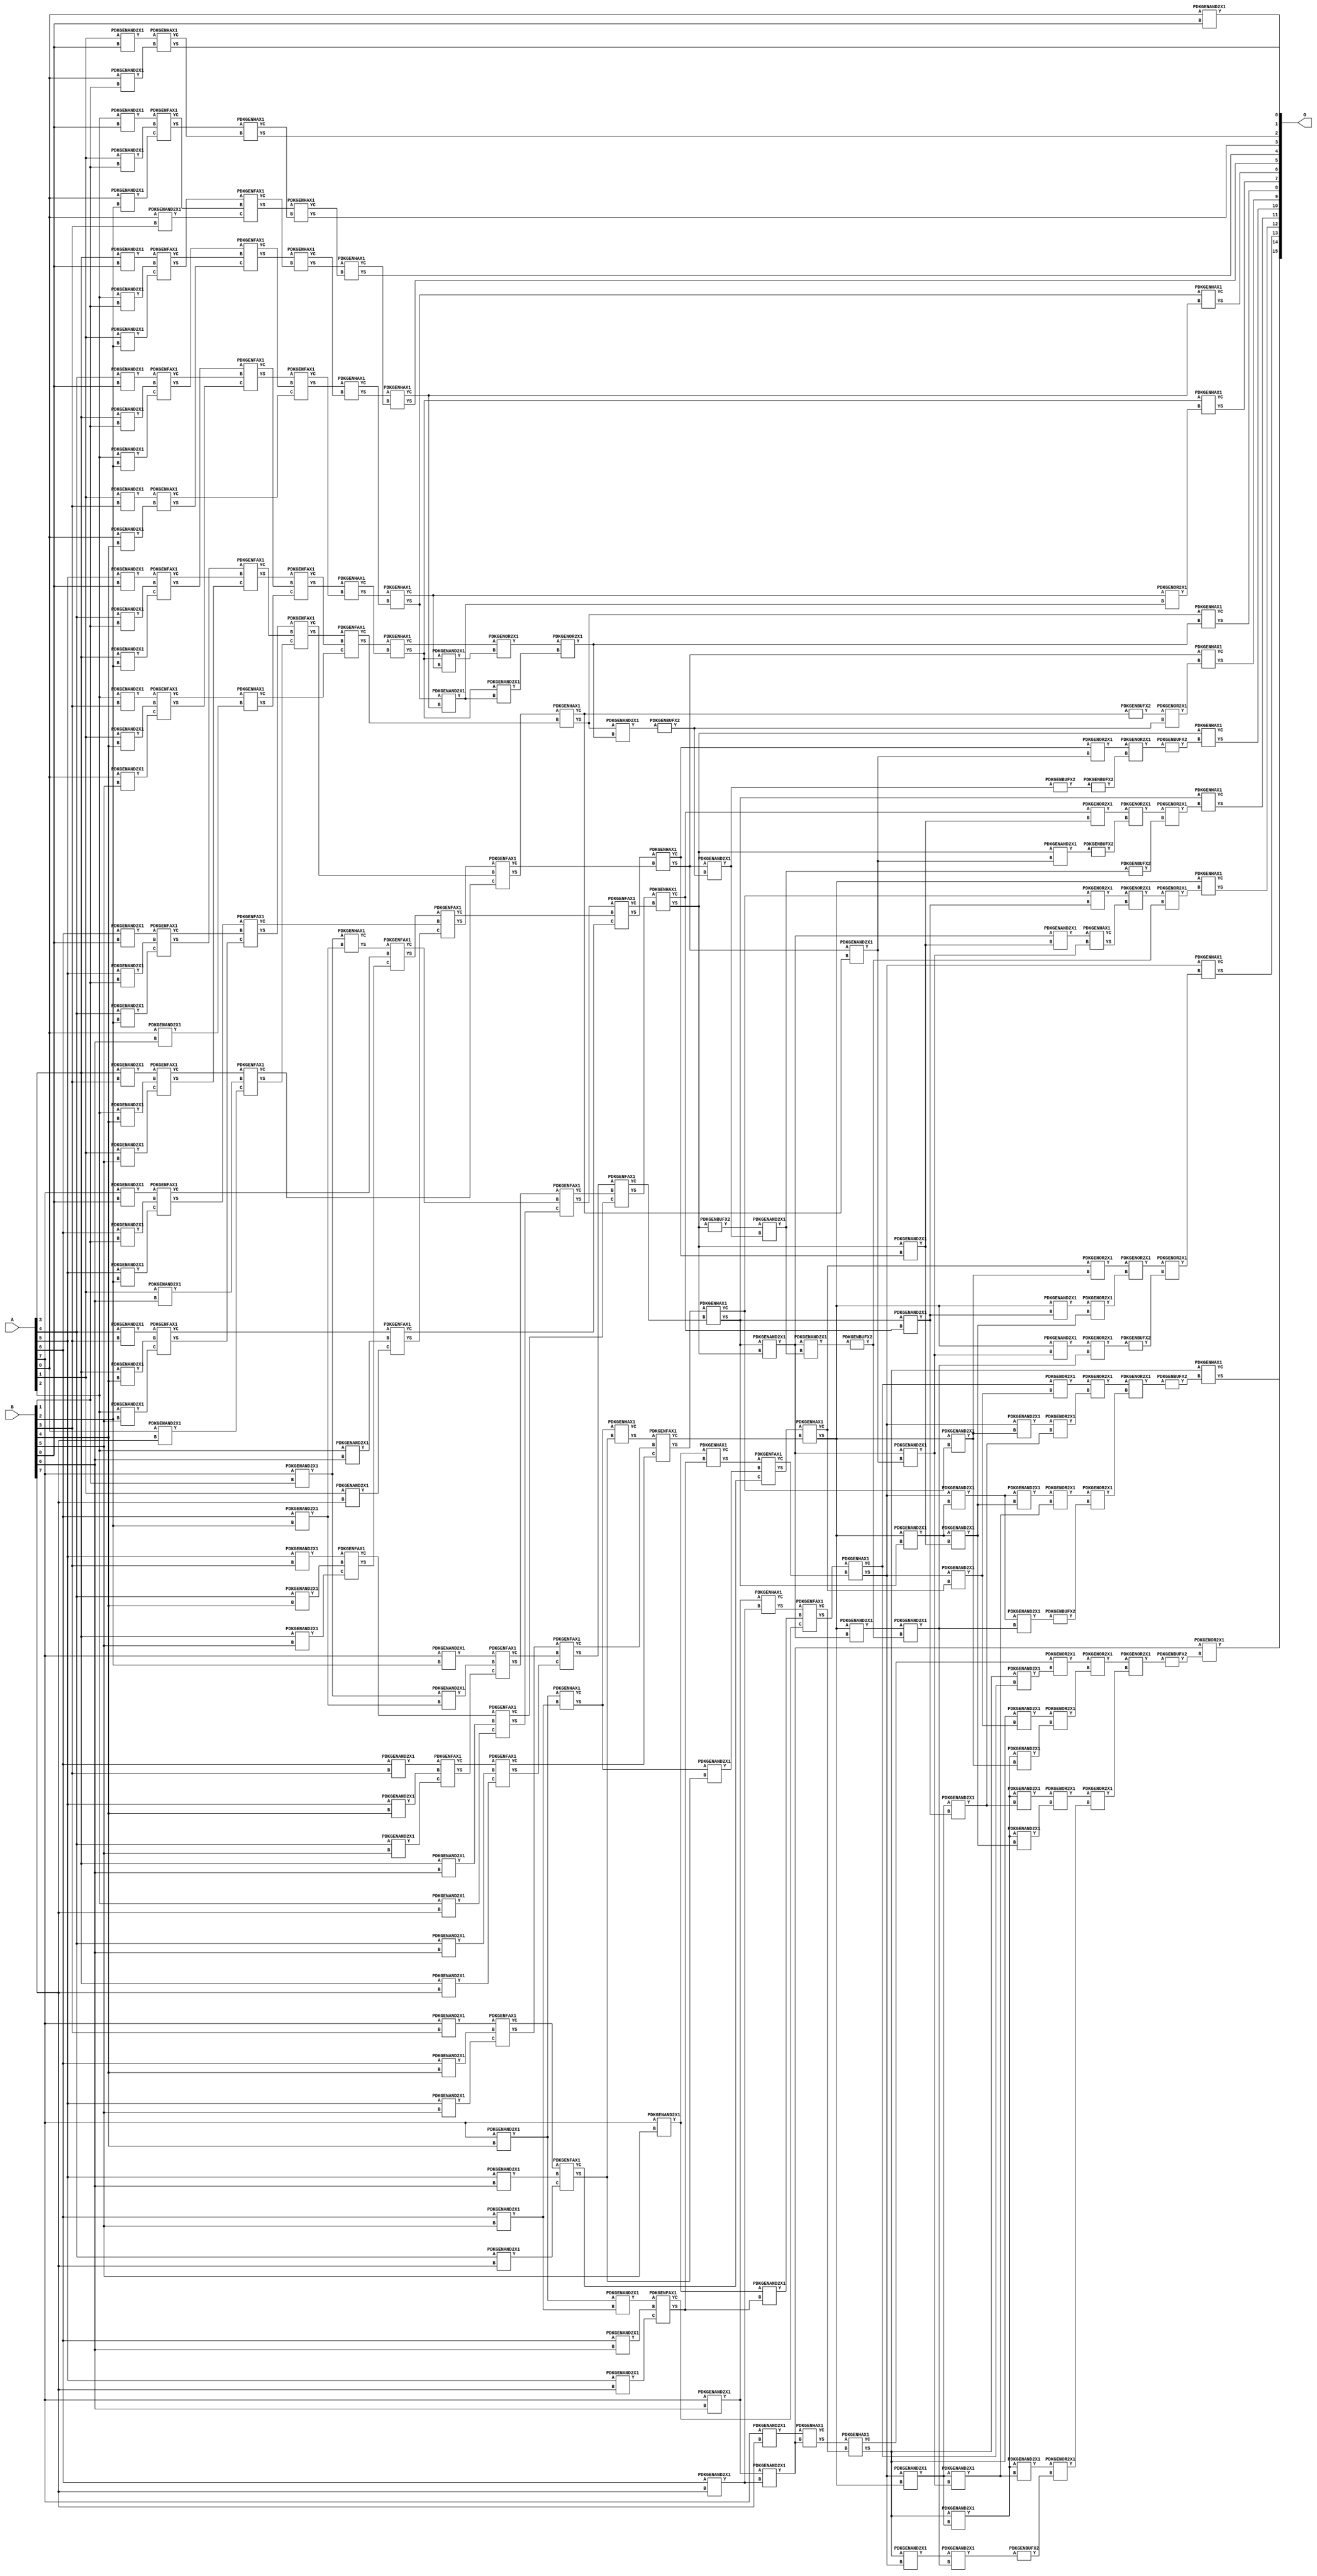
// Library = EvoApprox8b
// Circuit = mul8_282
// Area   (180) = 12112
// Delay  (180) = 3.500
// Power  (180) = 5756.50
// Area   (45) = 860
// Delay  (45) = 1.390
// Power  (45) = 480.50
// Nodes = 225
// HD = 0
// MAE = 0.00000
// MSE = 0.00000
// MRE = 0.00 %
// WCE = 0
// WCRE = 0 %
// EP = 0.0 %

module mul8_282(A, B, O);
  input [7:0] A;
  input [7:0] B;
  output [15:0] O;
  wire [2031:0] N;

  assign N[0] = A[0];
  assign N[1] = A[0];
  assign N[2] = A[1];
  assign N[3] = A[1];
  assign N[4] = A[2];
  assign N[5] = A[2];
  assign N[6] = A[3];
  assign N[7] = A[3];
  assign N[8] = A[4];
  assign N[9] = A[4];
  assign N[10] = A[5];
  assign N[11] = A[5];
  assign N[12] = A[6];
  assign N[13] = A[6];
  assign N[14] = A[7];
  assign N[15] = A[7];
  assign N[16] = B[0];
  assign N[17] = B[0];
  assign N[18] = B[1];
  assign N[19] = B[1];
  assign N[20] = B[2];
  assign N[21] = B[2];
  assign N[22] = B[3];
  assign N[23] = B[3];
  assign N[24] = B[4];
  assign N[25] = B[4];
  assign N[26] = B[5];
  assign N[27] = B[5];
  assign N[28] = B[6];
  assign N[29] = B[6];
  assign N[30] = B[7];
  assign N[31] = B[7];

  PDKGENAND2X1 n32(.A(N[0]), .B(N[16]), .Y(N[32]));
  PDKGENAND2X1 n38(.A(N[2]), .B(N[16]), .Y(N[38]));
  PDKGENAND2X1 n44(.A(N[4]), .B(N[16]), .Y(N[44]));
  PDKGENAND2X1 n50(.A(N[6]), .B(N[16]), .Y(N[50]));
  PDKGENAND2X1 n56(.A(N[8]), .B(N[16]), .Y(N[56]));
  PDKGENAND2X1 n62(.A(N[10]), .B(N[16]), .Y(N[62]));
  PDKGENAND2X1 n68(.A(N[12]), .B(N[16]), .Y(N[68]));
  PDKGENAND2X1 n74(.A(N[14]), .B(N[16]), .Y(N[74]));
  PDKGENAND2X1 n82(.A(N[0]), .B(N[18]), .Y(N[82]));
  PDKGENAND2X1 n88(.A(N[2]), .B(N[18]), .Y(N[88]));
  PDKGENAND2X1 n94(.A(N[4]), .B(N[18]), .Y(N[94]));
  PDKGENAND2X1 n100(.A(N[6]), .B(N[18]), .Y(N[100]));
  PDKGENAND2X1 n106(.A(N[8]), .B(N[18]), .Y(N[106]));
  PDKGENAND2X1 n112(.A(N[10]), .B(N[18]), .Y(N[112]));
  PDKGENAND2X1 n118(.A(N[12]), .B(N[18]), .Y(N[118]));
  PDKGENAND2X1 n126(.A(N[14]), .B(N[18]), .Y(N[126]));
  PDKGENAND2X1 n132(.A(N[0]), .B(N[20]), .Y(N[132]));
  PDKGENAND2X1 n138(.A(N[2]), .B(N[20]), .Y(N[138]));
  PDKGENAND2X1 n144(.A(N[4]), .B(N[20]), .Y(N[144]));
  PDKGENAND2X1 n150(.A(N[6]), .B(N[20]), .Y(N[150]));
  PDKGENAND2X1 n156(.A(N[8]), .B(N[20]), .Y(N[156]));
  PDKGENAND2X1 n162(.A(N[10]), .B(N[20]), .Y(N[162]));
  PDKGENAND2X1 n168(.A(N[12]), .B(N[20]), .Y(N[168]));
  PDKGENAND2X1 n176(.A(N[14]), .B(N[20]), .Y(N[176]));
  PDKGENAND2X1 n182(.A(N[0]), .B(N[22]), .Y(N[182]));
  PDKGENAND2X1 n188(.A(N[2]), .B(N[22]), .Y(N[188]));
  PDKGENAND2X1 n194(.A(N[4]), .B(N[22]), .Y(N[194]));
  PDKGENAND2X1 n200(.A(N[6]), .B(N[22]), .Y(N[200]));
  PDKGENAND2X1 n206(.A(N[8]), .B(N[22]), .Y(N[206]));
  PDKGENAND2X1 n212(.A(N[10]), .B(N[22]), .Y(N[212]));
  PDKGENAND2X1 n220(.A(N[12]), .B(N[22]), .Y(N[220]));
  PDKGENAND2X1 n226(.A(N[14]), .B(N[22]), .Y(N[226]));
  PDKGENAND2X1 n232(.A(N[0]), .B(N[24]), .Y(N[232]));
  PDKGENAND2X1 n238(.A(N[2]), .B(N[24]), .Y(N[238]));
  PDKGENAND2X1 n244(.A(N[4]), .B(N[24]), .Y(N[244]));
  PDKGENAND2X1 n250(.A(N[6]), .B(N[24]), .Y(N[250]));
  PDKGENAND2X1 n256(.A(N[8]), .B(N[24]), .Y(N[256]));
  PDKGENAND2X1 n262(.A(N[10]), .B(N[24]), .Y(N[262]));
  PDKGENAND2X1 n270(.A(N[12]), .B(N[24]), .Y(N[270]));
  PDKGENAND2X1 n276(.A(N[14]), .B(N[24]), .Y(N[276]));
  PDKGENAND2X1 n282(.A(N[0]), .B(N[26]), .Y(N[282]));
  PDKGENAND2X1 n288(.A(N[2]), .B(N[26]), .Y(N[288]));
  PDKGENAND2X1 n294(.A(N[4]), .B(N[26]), .Y(N[294]));
  PDKGENAND2X1 n300(.A(N[6]), .B(N[26]), .Y(N[300]));
  PDKGENAND2X1 n306(.A(N[8]), .B(N[26]), .Y(N[306]));
  PDKGENAND2X1 n314(.A(N[10]), .B(N[26]), .Y(N[314]));
  PDKGENAND2X1 n320(.A(N[12]), .B(N[26]), .Y(N[320]));
  PDKGENAND2X1 n326(.A(N[14]), .B(N[26]), .Y(N[326]));
  PDKGENAND2X1 n332(.A(N[0]), .B(N[28]), .Y(N[332]));
  PDKGENAND2X1 n338(.A(N[2]), .B(N[28]), .Y(N[338]));
  PDKGENAND2X1 n344(.A(N[4]), .B(N[28]), .Y(N[344]));
  PDKGENAND2X1 n350(.A(N[6]), .B(N[28]), .Y(N[350]));
  PDKGENAND2X1 n358(.A(N[8]), .B(N[28]), .Y(N[358]));
  PDKGENAND2X1 n364(.A(N[10]), .B(N[28]), .Y(N[364]));
  PDKGENAND2X1 n370(.A(N[12]), .B(N[28]), .Y(N[370]));
  PDKGENAND2X1 n376(.A(N[14]), .B(N[28]), .Y(N[376]));
  PDKGENAND2X1 n382(.A(N[0]), .B(N[30]), .Y(N[382]));
  PDKGENAND2X1 n388(.A(N[2]), .B(N[30]), .Y(N[388]));
  PDKGENAND2X1 n394(.A(N[4]), .B(N[30]), .Y(N[394]));
  PDKGENAND2X1 n400(.A(N[6]), .B(N[30]), .Y(N[400]));
  PDKGENAND2X1 n408(.A(N[8]), .B(N[30]), .Y(N[408]));
  PDKGENAND2X1 n414(.A(N[10]), .B(N[30]), .Y(N[414]));
  PDKGENAND2X1 n420(.A(N[12]), .B(N[30]), .Y(N[420]));
  PDKGENAND2X1 n426(.A(N[14]), .B(N[30]), .Y(N[426]));
  PDKGENHAX1 n432(.A(N[38]), .B(N[82]), .YS(N[432]), .YC(N[433]));
  PDKGENFAX1 n438(.A(N[44]), .B(N[88]), .C(N[132]), .YS(N[438]), .YC(N[439]));
  PDKGENFAX1 n444(.A(N[50]), .B(N[94]), .C(N[138]), .YS(N[444]), .YC(N[445]));
  PDKGENFAX1 n452(.A(N[56]), .B(N[100]), .C(N[144]), .YS(N[452]), .YC(N[453]));
  PDKGENFAX1 n458(.A(N[62]), .B(N[106]), .C(N[150]), .YS(N[458]), .YC(N[459]));
  PDKGENFAX1 n464(.A(N[68]), .B(N[112]), .C(N[156]), .YS(N[464]), .YC(N[465]));
  PDKGENFAX1 n470(.A(N[74]), .B(N[118]), .C(N[162]), .YS(N[470]), .YC(N[471]));
  PDKGENAND2X1 n476(.A(N[126]), .B(N[168]), .Y(N[476]));
  PDKGENHAX1 n482(.A(N[126]), .B(N[168]), .YS(N[482]), .YC(N[483]));
  PDKGENHAX1 n488(.A(N[188]), .B(N[232]), .YS(N[488]), .YC(N[489]));
  PDKGENFAX1 n494(.A(N[194]), .B(N[238]), .C(N[282]), .YS(N[494]), .YC(N[495]));
  PDKGENFAX1 n502(.A(N[200]), .B(N[244]), .C(N[288]), .YS(N[502]), .YC(N[503]));
  PDKGENFAX1 n508(.A(N[206]), .B(N[250]), .C(N[294]), .YS(N[508]), .YC(N[509]));
  PDKGENFAX1 n514(.A(N[212]), .B(N[256]), .C(N[300]), .YS(N[514]), .YC(N[515]));
  PDKGENFAX1 n520(.A(N[220]), .B(N[262]), .C(N[306]), .YS(N[520]), .YC(N[521]));
  PDKGENFAX1 n526(.A(N[226]), .B(N[270]), .C(N[314]), .YS(N[526]), .YC(N[527]));
  PDKGENAND2X1 n532(.A(N[276]), .B(N[320]), .Y(N[532]));
  PDKGENHAX1 n538(.A(N[276]), .B(N[320]), .YS(N[538]), .YC(N[539]));
  PDKGENHAX1 n546(.A(N[438]), .B(N[433]), .YS(N[546]), .YC(N[547]));
  PDKGENFAX1 n552(.A(N[444]), .B(N[439]), .C(N[182]), .YS(N[552]), .YC(N[553]));
  PDKGENFAX1 n558(.A(N[452]), .B(N[445]), .C(N[488]), .YS(N[558]), .YC(N[559]));
  PDKGENFAX1 n564(.A(N[458]), .B(N[453]), .C(N[494]), .YS(N[564]), .YC(N[565]));
  PDKGENFAX1 n570(.A(N[464]), .B(N[459]), .C(N[502]), .YS(N[570]), .YC(N[571]));
  PDKGENFAX1 n576(.A(N[470]), .B(N[465]), .C(N[508]), .YS(N[576]), .YC(N[577]));
  PDKGENFAX1 n582(.A(N[482]), .B(N[471]), .C(N[514]), .YS(N[582]), .YC(N[583]));
  PDKGENFAX1 n588(.A(N[176]), .B(N[476]), .C(N[520]), .YS(N[588]), .YC(N[589]));
  PDKGENHAX1 n596(.A(N[495]), .B(N[332]), .YS(N[596]), .YC(N[597]));
  PDKGENFAX1 n602(.A(N[503]), .B(N[338]), .C(N[382]), .YS(N[602]), .YC(N[603]));
  PDKGENFAX1 n608(.A(N[509]), .B(N[344]), .C(N[388]), .YS(N[608]), .YC(N[609]));
  PDKGENFAX1 n614(.A(N[515]), .B(N[350]), .C(N[394]), .YS(N[614]), .YC(N[615]));
  PDKGENFAX1 n620(.A(N[521]), .B(N[358]), .C(N[400]), .YS(N[620]), .YC(N[621]));
  PDKGENFAX1 n626(.A(N[527]), .B(N[364]), .C(N[408]), .YS(N[626]), .YC(N[627]));
  PDKGENFAX1 n632(.A(N[532]), .B(N[370]), .C(N[414]), .YS(N[632]), .YC(N[633]));
  PDKGENAND2X1 n640(.A(N[376]), .B(N[420]), .Y(N[640]));
  assign N[641] = N[640];
  PDKGENHAX1 n646(.A(N[376]), .B(N[420]), .YS(N[646]), .YC(N[647]));
  PDKGENHAX1 n652(.A(N[552]), .B(N[547]), .YS(N[652]), .YC(N[653]));
  PDKGENHAX1 n658(.A(N[558]), .B(N[553]), .YS(N[658]), .YC(N[659]));
  PDKGENFAX1 n664(.A(N[564]), .B(N[559]), .C(N[489]), .YS(N[664]), .YC(N[665]));
  PDKGENFAX1 n670(.A(N[570]), .B(N[565]), .C(N[596]), .YS(N[670]), .YC(N[671]));
  PDKGENFAX1 n676(.A(N[576]), .B(N[571]), .C(N[602]), .YS(N[676]), .YC(N[677]));
  PDKGENFAX1 n684(.A(N[582]), .B(N[577]), .C(N[608]), .YS(N[684]), .YC(N[685]));
  PDKGENFAX1 n690(.A(N[588]), .B(N[583]), .C(N[614]), .YS(N[690]), .YC(N[691]));
  PDKGENFAX1 n696(.A(N[526]), .B(N[589]), .C(N[620]), .YS(N[696]), .YC(N[697]));
  PDKGENAND2X1 n702(.A(N[538]), .B(N[626]), .Y(N[702]));
  PDKGENHAX1 n708(.A(N[538]), .B(N[626]), .YS(N[708]), .YC(N[709]));
  PDKGENAND2X1 n714(.A(N[326]), .B(N[632]), .Y(N[714]));
  PDKGENHAX1 n720(.A(N[326]), .B(N[632]), .YS(N[720]), .YC(N[721]));
  PDKGENHAX1 n726(.A(N[658]), .B(N[653]), .YS(N[726]), .YC(N[727]));
  PDKGENHAX1 n734(.A(N[664]), .B(N[659]), .YS(N[734]), .YC(N[735]));
  PDKGENHAX1 n740(.A(N[670]), .B(N[665]), .YS(N[740]), .YC(N[741]));
  PDKGENFAX1 n746(.A(N[676]), .B(N[671]), .C(N[597]), .YS(N[746]), .YC(N[747]));
  PDKGENFAX1 n752(.A(N[684]), .B(N[677]), .C(N[603]), .YS(N[752]), .YC(N[753]));
  PDKGENFAX1 n758(.A(N[690]), .B(N[685]), .C(N[609]), .YS(N[758]), .YC(N[759]));
  PDKGENFAX1 n764(.A(N[696]), .B(N[691]), .C(N[615]), .YS(N[764]), .YC(N[765]));
  PDKGENFAX1 n770(.A(N[708]), .B(N[697]), .C(N[621]), .YS(N[770]), .YC(N[771]));
  PDKGENFAX1 n778(.A(N[720]), .B(N[702]), .C(N[627]), .YS(N[778]), .YC(N[779]));
  PDKGENFAX1 n784(.A(N[646]), .B(N[714]), .C(N[633]), .YS(N[784]), .YC(N[785]));
  PDKGENHAX1 n796(.A(N[426]), .B(N[640]), .YS(N[796]), .YC(N[797]));
  PDKGENHAX1 n802(.A(N[734]), .B(N[727]), .YS(N[802]), .YC(N[803]));
  PDKGENHAX1 n808(.A(N[740]), .B(N[735]), .YS(N[808]), .YC(N[809]));
  PDKGENHAX1 n814(.A(N[746]), .B(N[741]), .YS(N[814]), .YC(N[815]));
  PDKGENHAX1 n820(.A(N[752]), .B(N[747]), .YS(N[820]), .YC(N[821]));
  PDKGENHAX1 n828(.A(N[758]), .B(N[753]), .YS(N[828]), .YC(N[829]));
  PDKGENHAX1 n834(.A(N[764]), .B(N[759]), .YS(N[834]), .YC(N[835]));
  PDKGENHAX1 n840(.A(N[770]), .B(N[765]), .YS(N[840]), .YC(N[841]));
  PDKGENHAX1 n846(.A(N[778]), .B(N[771]), .YS(N[846]), .YC(N[847]));
  PDKGENHAX1 n852(.A(N[784]), .B(N[779]), .YS(N[852]), .YC(N[853]));
  PDKGENHAX1 n858(.A(N[796]), .B(N[785]), .YS(N[858]), .YC(N[859]));
  PDKGENAND2X1 n916(.A(N[808]), .B(N[803]), .Y(N[916]));
  PDKGENOR2X1 n922(.A(N[809]), .B(N[916]), .Y(N[922]));
  PDKGENAND2X1 n946(.A(N[814]), .B(N[916]), .Y(N[946]));
  PDKGENAND2X1 n952(.A(N[814]), .B(N[809]), .Y(N[952]));
  PDKGENOR2X1 n958(.A(N[815]), .B(N[952]), .Y(N[958]));
  PDKGENOR2X1 n966(.A(N[958]), .B(N[946]), .Y(N[966]));
  PDKGENAND2X1 n996(.A(N[820]), .B(N[966]), .Y(N[996]));
  PDKGENBUFX2 n1010(.A(N[821]), .Y(N[1010]));
  PDKGENBUFX2 n1016(.A(N[996]), .Y(N[1016]));
  PDKGENOR2X1 n1022(.A(N[1010]), .B(N[1016]), .Y(N[1022]));
  PDKGENAND2X1 n1034(.A(N[828]), .B(N[1016]), .Y(N[1034]));
  assign N[1035] = N[1034];
  PDKGENBUFX2 n1066(.A(N[1035]), .Y(N[1066]));
  PDKGENAND2X1 n1072(.A(N[828]), .B(N[821]), .Y(N[1072]));
  PDKGENOR2X1 n1078(.A(N[829]), .B(N[1072]), .Y(N[1078]));
  PDKGENBUFX2 n1084(.A(N[1066]), .Y(N[1084]));
  PDKGENOR2X1 n1090(.A(N[1078]), .B(N[1084]), .Y(N[1090]));
  PDKGENBUFX2 n1096(.A(N[1090]), .Y(N[1096]));
  PDKGENBUFX2 n1104(.A(N[834]), .Y(N[1104]));
  assign N[1105] = N[1104];
  PDKGENAND2X1 n1140(.A(N[1105]), .B(N[1034]), .Y(N[1140]));
  PDKGENAND2X1 n1154(.A(N[834]), .B(N[1072]), .Y(N[1154]));
  PDKGENAND2X1 n1160(.A(N[834]), .B(N[829]), .Y(N[1160]));
  PDKGENOR2X1 n1166(.A(N[835]), .B(N[1160]), .Y(N[1166]));
  PDKGENBUFX2 n1172(.A(N[1154]), .Y(N[1172]));
  PDKGENBUFX2 n1178(.A(N[1140]), .Y(N[1178]));
  PDKGENOR2X1 n1184(.A(N[1166]), .B(N[1172]), .Y(N[1184]));
  PDKGENOR2X1 n1190(.A(N[1184]), .B(N[1178]), .Y(N[1190]));
  PDKGENAND2X1 n1204(.A(N[840]), .B(N[834]), .Y(N[1204]));
  assign N[1205] = N[1204];
  PDKGENAND2X1 n1242(.A(N[1204]), .B(N[1140]), .Y(N[1242]));
  assign N[1243] = N[1242];
  PDKGENAND2X1 n1254(.A(N[1204]), .B(N[1072]), .Y(N[1254]));
  PDKGENAND2X1 n1260(.A(N[1205]), .B(N[1160]), .Y(N[1260]));
  PDKGENAND2X1 n1266(.A(N[840]), .B(N[835]), .Y(N[1266]));
  PDKGENOR2X1 n1272(.A(N[841]), .B(N[1266]), .Y(N[1272]));
  PDKGENHAX1 n1278(.A(N[1260]), .B(N[1254]), .YS(N[1278]), .YC(N[1279]));
  PDKGENOR2X1 n1292(.A(N[1272]), .B(N[1278]), .Y(N[1292]));
  PDKGENBUFX2 n1298(.A(N[1243]), .Y(N[1298]));
  PDKGENOR2X1 n1304(.A(N[1292]), .B(N[1298]), .Y(N[1304]));
  PDKGENAND2X1 n1310(.A(N[846]), .B(N[840]), .Y(N[1310]));
  PDKGENAND2X1 n1354(.A(N[846]), .B(N[1204]), .Y(N[1354]));
  assign N[1355] = N[1354];
  PDKGENAND2X1 n1366(.A(N[1355]), .B(N[1298]), .Y(N[1366]));
  PDKGENAND2X1 n1372(.A(N[846]), .B(N[1254]), .Y(N[1372]));
  PDKGENAND2X1 n1378(.A(N[1310]), .B(N[1160]), .Y(N[1378]));
  PDKGENAND2X1 n1386(.A(N[846]), .B(N[1266]), .Y(N[1386]));
  PDKGENAND2X1 n1392(.A(N[846]), .B(N[841]), .Y(N[1392]));
  PDKGENOR2X1 n1398(.A(N[847]), .B(N[1392]), .Y(N[1398]));
  PDKGENOR2X1 n1404(.A(N[1386]), .B(N[1378]), .Y(N[1404]));
  PDKGENOR2X1 n1410(.A(N[1372]), .B(N[1366]), .Y(N[1410]));
  PDKGENOR2X1 n1422(.A(N[1398]), .B(N[1404]), .Y(N[1422]));
  PDKGENBUFX2 n1430(.A(N[1410]), .Y(N[1430]));
  PDKGENOR2X1 n1436(.A(N[1422]), .B(N[1430]), .Y(N[1436]));
  PDKGENAND2X1 n1454(.A(N[852]), .B(N[846]), .Y(N[1454]));
  PDKGENAND2X1 n1504(.A(N[852]), .B(N[1310]), .Y(N[1504]));
  assign N[1505] = N[1504];
  PDKGENAND2X1 n1510(.A(N[1504]), .B(N[1366]), .Y(N[1510]));
  PDKGENAND2X1 n1516(.A(N[1454]), .B(N[1254]), .Y(N[1516]));
  PDKGENAND2X1 n1524(.A(N[1505]), .B(N[1378]), .Y(N[1524]));
  PDKGENAND2X1 n1530(.A(N[1454]), .B(N[1266]), .Y(N[1530]));
  PDKGENAND2X1 n1536(.A(N[852]), .B(N[1392]), .Y(N[1536]));
  PDKGENAND2X1 n1542(.A(N[852]), .B(N[847]), .Y(N[1542]));
  PDKGENOR2X1 n1548(.A(N[853]), .B(N[1542]), .Y(N[1548]));
  PDKGENOR2X1 n1554(.A(N[1536]), .B(N[1530]), .Y(N[1554]));
  PDKGENOR2X1 n1560(.A(N[1524]), .B(N[1516]), .Y(N[1560]));
  assign N[1561] = N[1560];
  PDKGENBUFX2 n1568(.A(N[1510]), .Y(N[1568]));
  PDKGENOR2X1 n1574(.A(N[1548]), .B(N[1554]), .Y(N[1574]));
  PDKGENOR2X1 n1580(.A(N[1561]), .B(N[1568]), .Y(N[1580]));
  PDKGENOR2X1 n1586(.A(N[1574]), .B(N[1580]), .Y(N[1586]));
  PDKGENBUFX2 n1592(.A(N[1586]), .Y(N[1592]));
  PDKGENAND2X1 n1598(.A(N[858]), .B(N[852]), .Y(N[1598]));
  PDKGENAND2X1 n1668(.A(N[1598]), .B(N[1366]), .Y(N[1668]));
  PDKGENBUFX2 n1674(.A(N[1668]), .Y(N[1674]));
  PDKGENAND2X1 n1680(.A(N[858]), .B(N[1454]), .Y(N[1680]));
  assign N[1681] = N[1680];
  PDKGENAND2X1 n1686(.A(N[1680]), .B(N[1516]), .Y(N[1686]));
  PDKGENAND2X1 n1692(.A(N[1681]), .B(N[1378]), .Y(N[1692]));
  PDKGENAND2X1 n1698(.A(N[1681]), .B(N[1530]), .Y(N[1698]));
  PDKGENAND2X1 n1704(.A(N[1681]), .B(N[1392]), .Y(N[1704]));
  PDKGENAND2X1 n1712(.A(N[858]), .B(N[1542]), .Y(N[1712]));
  PDKGENAND2X1 n1718(.A(N[858]), .B(N[853]), .Y(N[1718]));
  PDKGENOR2X1 n1724(.A(N[859]), .B(N[1718]), .Y(N[1724]));
  PDKGENOR2X1 n1730(.A(N[1712]), .B(N[1704]), .Y(N[1730]));
  PDKGENOR2X1 n1736(.A(N[1698]), .B(N[1692]), .Y(N[1736]));
  PDKGENOR2X1 n1742(.A(N[1686]), .B(N[1674]), .Y(N[1742]));
  PDKGENOR2X1 n1756(.A(N[1724]), .B(N[1730]), .Y(N[1756]));
  PDKGENOR2X1 n1762(.A(N[1736]), .B(N[1742]), .Y(N[1762]));
  PDKGENOR2X1 n1768(.A(N[1756]), .B(N[1762]), .Y(N[1768]));
  PDKGENBUFX2 n1774(.A(N[1768]), .Y(N[1774]));
  PDKGENHAX1 n1968(.A(N[808]), .B(N[803]), .YS(N[1968]), .YC(N[1969]));
  PDKGENHAX1 n1974(.A(N[814]), .B(N[922]), .YS(N[1974]), .YC(N[1975]));
  PDKGENHAX1 n1980(.A(N[820]), .B(N[966]), .YS(N[1980]), .YC(N[1981]));
  PDKGENHAX1 n1988(.A(N[828]), .B(N[1022]), .YS(N[1988]), .YC(N[1989]));
  PDKGENHAX1 n1994(.A(N[834]), .B(N[1096]), .YS(N[1994]), .YC(N[1995]));
  PDKGENHAX1 n2000(.A(N[840]), .B(N[1190]), .YS(N[2000]), .YC(N[2001]));
  PDKGENHAX1 n2006(.A(N[846]), .B(N[1304]), .YS(N[2006]), .YC(N[2007]));
  PDKGENHAX1 n2012(.A(N[852]), .B(N[1436]), .YS(N[2012]), .YC(N[2013]));
  PDKGENHAX1 n2018(.A(N[858]), .B(N[1592]), .YS(N[2018]), .YC(N[2019]));
  PDKGENOR2X1 n2024(.A(N[641]), .B(N[1774]), .Y(N[2024]));

  assign O[0] = N[32];
  assign O[1] = N[432];
  assign O[2] = N[546];
  assign O[3] = N[652];
  assign O[4] = N[726];
  assign O[5] = N[802];
  assign O[6] = N[1968];
  assign O[7] = N[1974];
  assign O[8] = N[1980];
  assign O[9] = N[1988];
  assign O[10] = N[1994];
  assign O[11] = N[2000];
  assign O[12] = N[2006];
  assign O[13] = N[2012];
  assign O[14] = N[2018];
  assign O[15] = N[2024];

endmodule
/* mod */
module PDKGENHAX1( input A, input B, output YS, output YC );
    assign YS = A ^ B;
    assign YC = A & B;
endmodule
/* mod */
module PDKGENOR2X1(input A, input B, output Y );
     assign Y = A | B;
endmodule
/* mod */
module PDKGENAND2X1(input A, input B, output Y );
     assign Y = A & B;
endmodule
/* mod */
module PDKGENFAX1( input A, input B, input C, output YS, output YC );
    assign YS = (A ^ B) ^ C;
    assign YC = (A & B) | (B & C) | (A & C);
endmodule
/* mod */
module PDKGENBUFX2(input A, output Y );
     assign Y = A;
endmodule